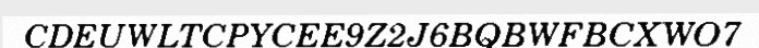
CDEUWLTCPYCEE9Z2J6BQBWFBCXWO7